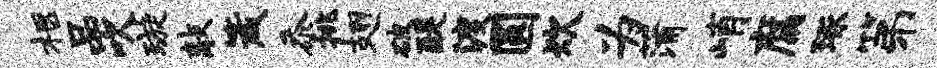
柩品吹璇敲箴忝挑翅破醍渡圆炊为蒲峭腐琢第